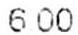
6.00